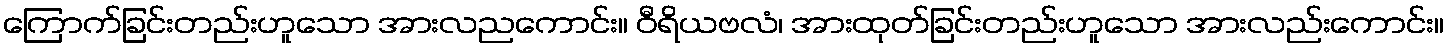
ကြောက်ခြင်းတည်းဟူသော အားလညကောင်း။ ဝီရိယဗလံ၊ အားထုတ်ခြင်းတည်းဟူသော အားလည်းကောင်း။